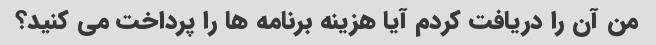
من آن را دریافت کردم آیا هزینه برنامه ها را پرداخت می کنید؟